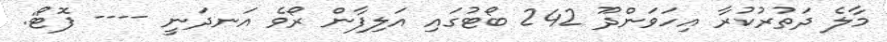
މާލެ ދަތުރުކުރާ އިހަވަންދޫ 242 ބޯޓުގައި އަލިފާން ރޯވެ އަނދަނީ ---- ފޮޓޯ: